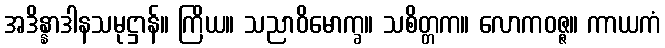
အဒိန္နာဒါနသမုဋ္ဌာန်။ ကြိယ။ သညာဝိမောက္ခ။ သစိတ္တက။ လောကဝဇ္ဇ။ ကာယကံ